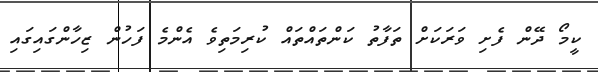
ކީމޯ ދޭން ފެށި ވަރަކަށް ތަފާތު ކަންތައްތައް ކުރިމަތިވެ އެންމެ ފަހުން ޒިހާންގައިގައި